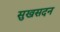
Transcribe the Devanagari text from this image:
सुखसदन